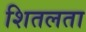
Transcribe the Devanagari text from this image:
शितलता